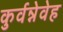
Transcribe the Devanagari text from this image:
कुर्वन्नेवेह